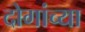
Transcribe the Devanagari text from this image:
दोगांच्या